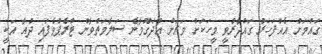
ގައުމަށް އެއްފަހަރު ގައްދާރުވީ މީހަކަށް ވަރަށް އުދަގޫވާނެ ސަލާމަތްވާން ޓްރެޕްވެފައި ދުއާ އަކީ